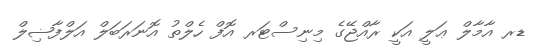
ޑރ އާމާލް ޢަލީ އަކީ ރާއްޖޭގެ މިނިސްޓަރ އޮފް ހެލްތު އޮނަރަބަލް އަލްފާޟިލް